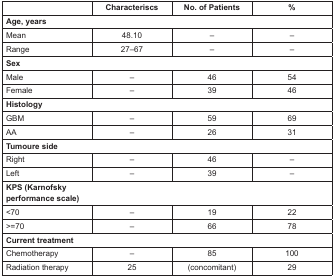
<table><thead><tr><td>[EMPTY_CELL]</td><td><b>Characteriscs</b></td><td><b>No. of Patients</b></td><td><b>%</b></td></tr></thead><tbody><tr><td colspan="4"><b>Age, years</b></td></tr><tr><td>Mean</td><td>48.10</td><td>–</td><td>–</td></tr><tr><td>Range</td><td>27–67</td><td>–</td><td>–</td></tr><tr><td colspan="4"><b>Sex</b></td></tr><tr><td>Male</td><td>–</td><td>46</td><td>54</td></tr><tr><td>Female</td><td>–</td><td>39</td><td>46</td></tr><tr><td colspan="4"><b>Histology</b></td></tr><tr><td>GBM</td><td>–</td><td>59</td><td>69</td></tr><tr><td>AA</td><td>–</td><td>26</td><td>31</td></tr><tr><td colspan="4"><b>Tumoure side</b></td></tr><tr><td>Right</td><td>–</td><td>46</td><td>–</td></tr><tr><td>Left</td><td>–</td><td>39</td><td>–</td></tr><tr><td colspan="4"><b>KPS (Karnofsky performance scale)</b></td></tr><tr><td>&lt;70</td><td>–</td><td>19</td><td>22</td></tr><tr><td>&gt;=70</td><td>–</td><td>66</td><td>78</td></tr><tr><td colspan="4"><b>Current treatment</b></td></tr><tr><td>Chemotherapy</td><td>–</td><td>85</td><td>100</td></tr><tr><td>Radiation therapy</td><td>25</td><td>(concomitant)</td><td>29</td></tr></tbody></table>